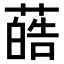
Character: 𫉢